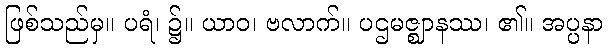
ဖြစ်သည်မှ။ ပရံ၊ ၌။ ယာဝ၊ ဗလာက်။ ပဌမဇ္ဈာနဿ၊ ၏။ အပ္ပနာ